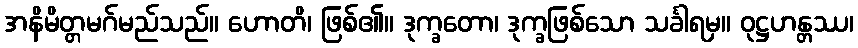
အနိမိတ္တမဂ်မည်သည်။ ဟောတိ၊ ဖြစ်၏။ ဒုက္ခတော၊ ဒုက္ခဖြစ်သော သင်္ခါရမှ။ ဝုဋ္ဌဟန္တဿ၊